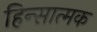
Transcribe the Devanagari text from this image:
हिन्सात्मक